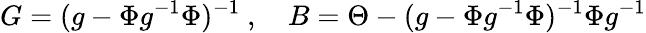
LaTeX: G=(g-\Phi g^{-1}\Phi)^{-1}\ ,\quad B=\Theta-(g-\Phi g^{-1}\Phi)^{-1}\Phi g^{-1}